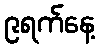
၉ရက်နေ့